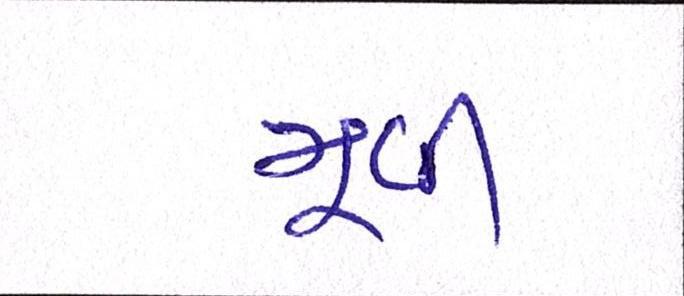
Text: મૂવી